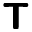
\boldsymbol { \mathsf { T } }